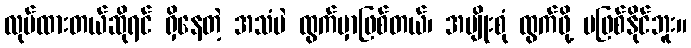
လုပ်ထားတယ်ဆိုရင် ရှိနေတဲ့ အသံပဲ ထွက်မှာဖြစ်တယ်၊ အမျိုးစုံ ထွက်ဖို့ မဖြစ်နိုင်ဘူး။